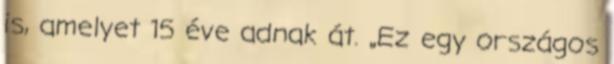
is, amelyet 15 éve adnak át. „Ez egy országos